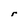
Character: r